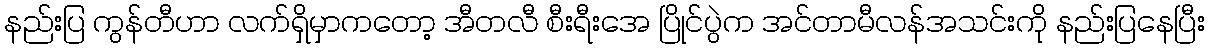
နည်းပြ ကွန်တီဟာ လက်ရှိမှာကတော့ အီတလီ စီးရီးအေ ပြိုင်ပွဲက အင်တာမီလန်အသင်းကို နည်းပြနေပြီး